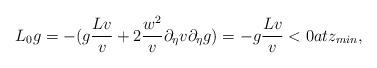
LaTeX: \begin{align*} L_0 g= -(g \frac{Lv}{v}+2 \frac{w^2}{v}\partial_{\eta }v\partial_{\eta }g)=-g \frac{Lv}{v}<0at z_{min} , \end{align*}